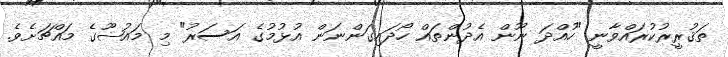
ތަޤުރީރުކުރައްވާނީ "ހުއްދަ ނޫން އެދުންތައް ހޯދައިގަންނަން އުޅުމުގެ އަސަރު" މި މައުޟޫގެ މައްޗަށެވެ.